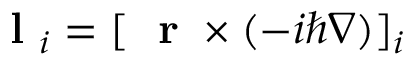
\mathrm { ~ \bf ~ l ~ } _ { i } = [ \mathrm { ~ \bf ~ r ~ } \times ( - i \hbar \nabla ) ] _ { i }